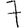
Digit: 7